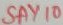
Text: SAY10